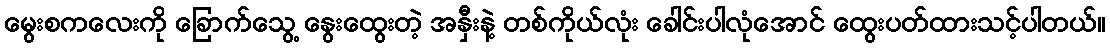
မွေးစကလေးကို ခြောက်သွေ့ နွေးထွေးတဲ့ အနှီးနဲ့ တစ်ကိုယ်လုံး ခေါင်းပါလုံအောင် ထွေးပတ်ထားသင့်ပါတယ်။